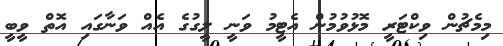
މިމެޗުން ވިކްޓަރީ މޮޅުވުމުން އެޓީމު ވަނީ ލީގުގެ އެއް ވަނާގައި އޮތް ވީބީ